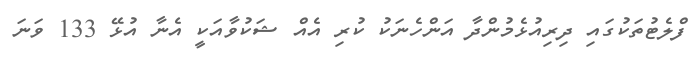
ފްލެޓުތަކުގައި ދިރިއުޅެމުންދާ އަންހެނަކު ކުރި އެއް ޝަކުވާއަކީ އެނާ އުޅޭ 133 ވަނަ